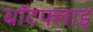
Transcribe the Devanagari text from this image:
बॉटफ्लाइ